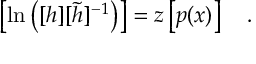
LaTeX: \left[ \ln \left( [ h ] [ \tilde { h } ] ^ { - 1 } \right) \right] = z \left[ p ( x ) \right] ~ ~ ~ .